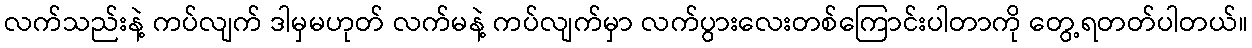
လက်သည်းနဲ့ ကပ်လျက် ဒါမှမဟုတ် လက်မနဲ့ ကပ်လျက်မှာ လက်ပွားလေးတစ်ကြောင်းပါတာကို တွေ့ရတတ်ပါတယ်။